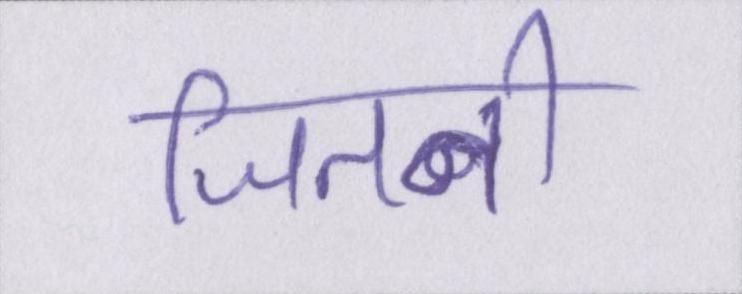
जितनी